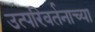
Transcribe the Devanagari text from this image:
उत्परिवर्तनाच्या